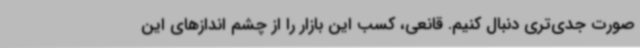
صورت جدی‌تری دنبال کنیم. قانعی، کسب این بازار را از چشم اندازهای این